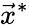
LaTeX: {\vec{x}}^{*}